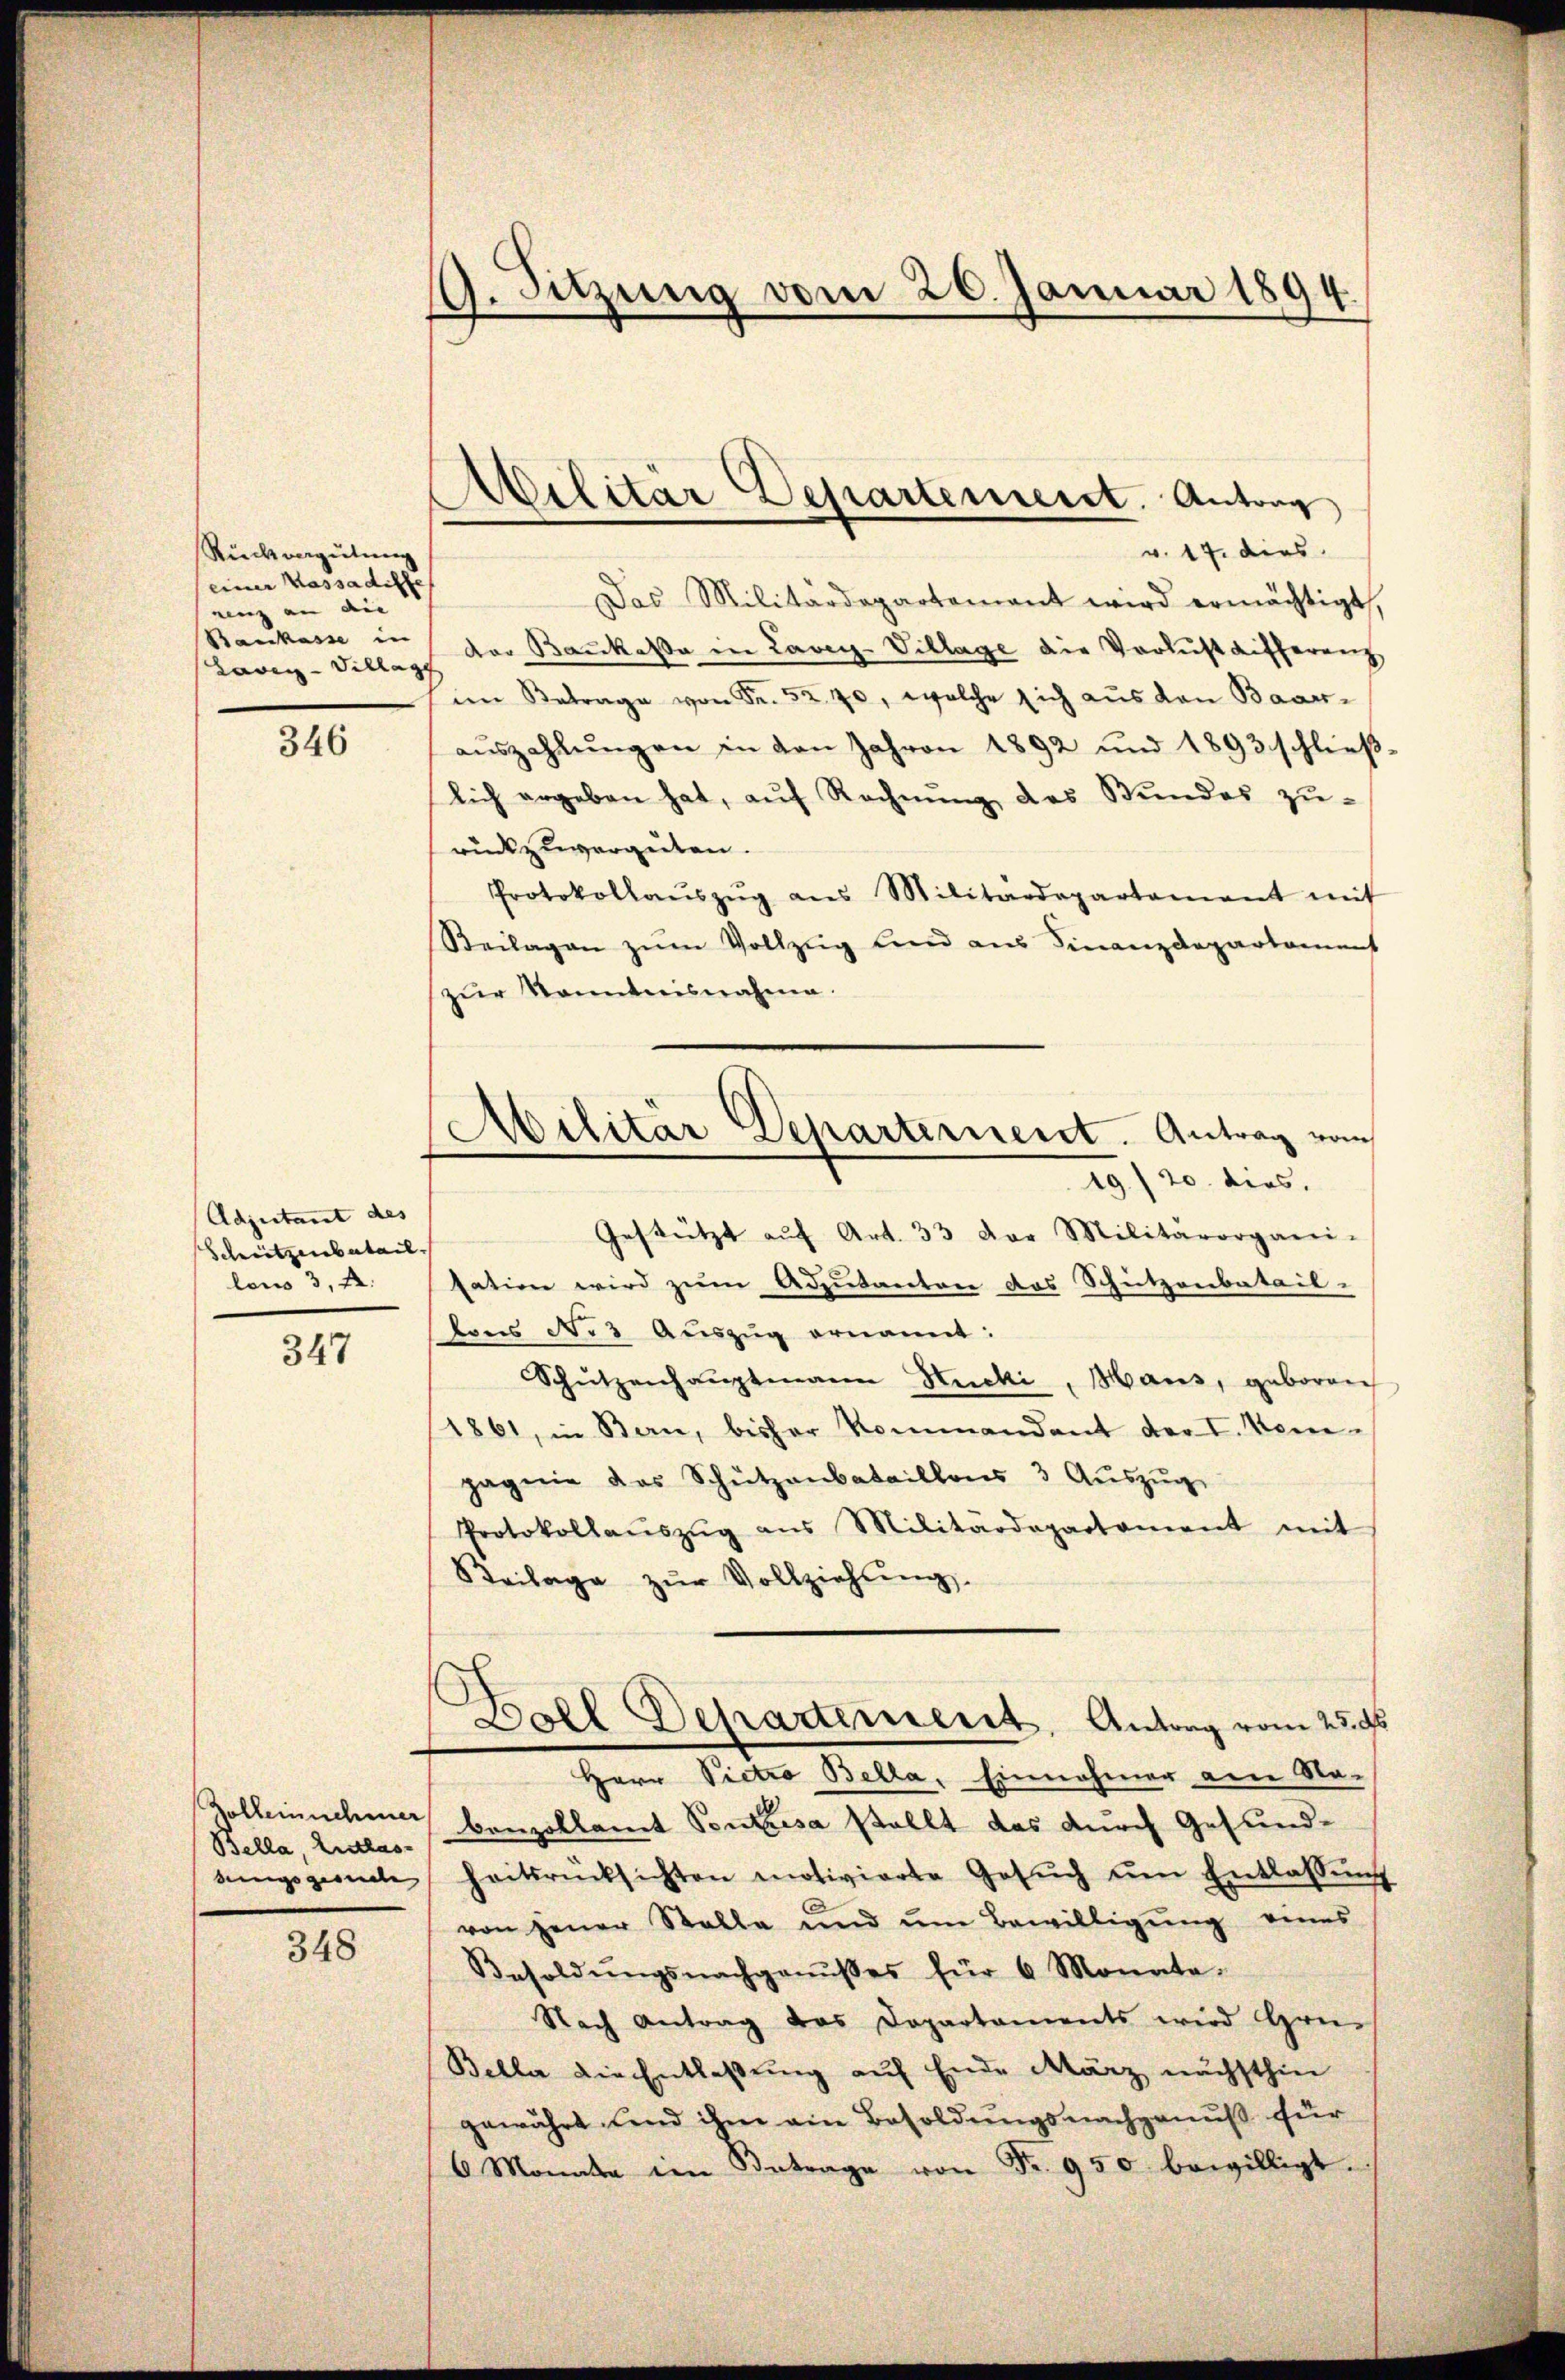
Rückvergütung
einer Kassadiffe
enz an die |
Baukasse in
Lawin - Sillage

346

Adjutant des
Schützenbatail.
lous 3, S.

347

Bella, Entlas-
dingsgesunde |

348

9. Sitzung vom 26. Januar 1894.

Militär Departement. Antrag
v. 17. dies

Das Militärdepartamant wird ermächtigt,
der Baukaßa in Lavey-Village die Verlust aufferenz
im Betrage von Fr. 52. 70, welche sich aus den Baaraŭszahlŭngen in den Jahren 1892 und 1893 schließlich ergeben hat, aŭf Rechnŭng des Stundes zŭ-
rückzuvergüten.
Protokollaŭszŭg ans Militärdepartament mit
Beilagen zŭm Vollzug und aus Finanzdepartament
zŭr Kenntnisnahme.
Gestützt aŭf Art. 33 der Militärorgani-
sation wird zum Adjutanten des Schutzenbatail-
tons No 3 Auszug ernannt:
Schützenhaŭptmann Hucki, Mans, geboren
1861, in Bern, bisher Kommandant der I. Kom-
pagnie das Schützenbataillons 3 Aŭszŭg
Protokollaŭszŭg ans Militärdepartament mit
Beilage zŭr Vollziehung.
Ball Departement, Antrag vom 25. ds
Herr Pietro Bella. Einnahmer am Na¬
Zollernehmer benzollamt Pontisa stellt das durch Gesundheitsrücksichten motivierte Gesŭch ŭm Entlassŭng
von jener Stalle und um Bewilligung eines
Besoldŭngsnachganŭβes für 6 Monate.
Nach Antrag das Departaments wird Grü-
Bella die Entlaßung auf Ende März nächsthin
gewährt und ihm ein Besoldungsnachgenuß für
6 Monate im Betrage von Fr. 950 bewilligt.

Militär Departement. Antrag vom
19./20. dies